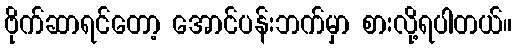
ဗိုက်ဆာရင်တော့ အောင်ပန်းဘက်မှာ စားလို့ရပါတယ်။